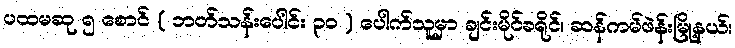
ပထမဆု ၅ စောင် ( ဘတ်သန်းပေါင်း ၃၀ ) ပေါက်သူမှာ ချင်းမိုင်ခရိုင်၊ ဆန်ကမ်ဖဲန်းမြို့နယ်၊